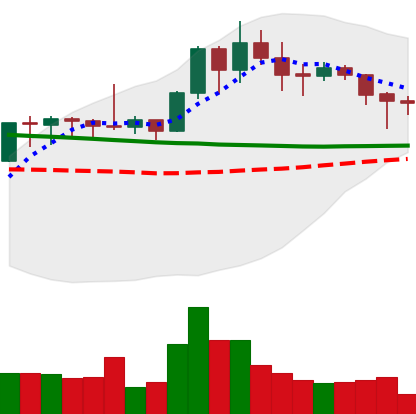
Ticker: XMR-USD
Chart end date: 2020-01-25
Forward return: 21.871%
Label: up_7plus